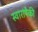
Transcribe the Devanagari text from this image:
स्वारांपैकी